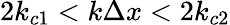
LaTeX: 2k_{c1}<k\Delta x<2k_{c2}